Civil Veterinary Department Bengal reports 1933-51 - 1933-1951
Year: 1933
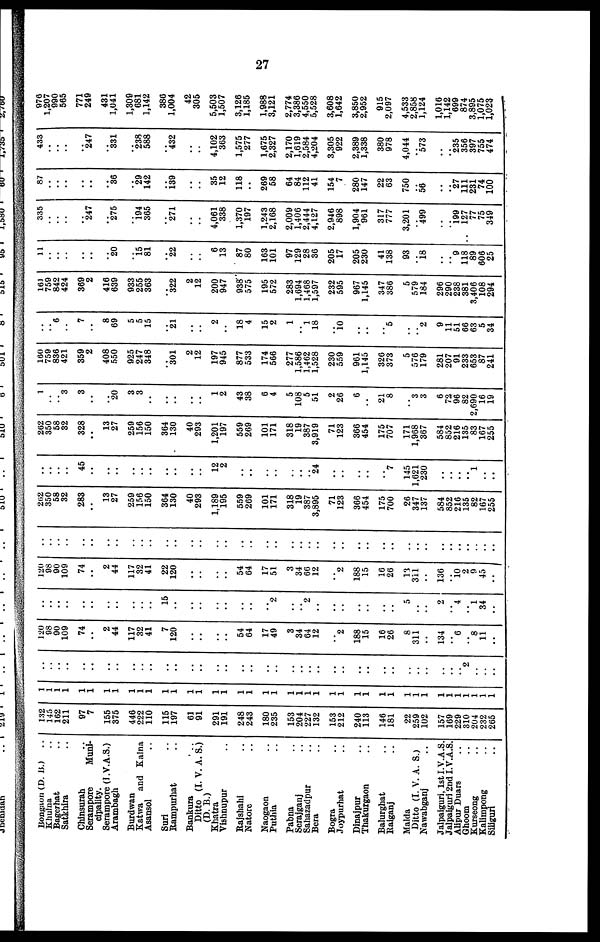
..27
Bongaon (D. B.) ..
Khulna ..
Bagerhat ..
Satkhira ..
Chinsurah ..
Serampore Muni-
cipality.
Serampore (I .V.A.S.)
Arambagh
Burdwan
Katwa
and Kalna
Asansol ..
Suri ..
Rampurhat ..
Bankura
..
Ditto (I. V.A.S.)
(D.B.)
Khatra
Vishnupur ..
Rajshahi ..
Natore ..
Naogaon ..
Puthia ..
Pabna ..
Serajganj ..
Sahazadpur ..
Bera ..
Bogra ..
Joypurhat ..
Dinajpur ..
Thakurgaon ..
Balurghat ..
Raiganj ..
Malda
Ditto (I. V. A. S.)
Nawabganj ..
Jalpaiguri, 1st I.V.A.S.
Jalpaiguri 2nd I.V.A.S.
Alipur Duars ..
Ghoom ..
Kurseong ..
Kalimpong ..
Siliguri ..
132
145
162
211
97
7
155
375
446
222
110
115
197
61
91
291
191
248
243
180
235
153
204
227
132
153
212
240
113
146
181
22
259
102
157
169
229
310
204
232
265
1
1
1
1
1
1
1
1
1
1
1
1
1
1
1
1
1
1
1
1
1
1
1
1
1
1
1
1
1
1
1
1
1
1
1
1
1
1
1
1
1
..
..
..
..
..
..
..
..
..
..
..
..
..
..
..
..
..
..
..
..
..
..
..
..
..
..
..
..
..
..
..
..
..
..
..
..
..
.. 2
..
..
..
120
98
90
109
74
..
2
44
117
32
41
7
120
..
..
..
..
..
54
64
17
49
3
34
64
12
..
2
188
15
16
26
8
311
..
134
6
.. 8
11
..
..
..
..
..
..
..
..
..
..
..
..
15
..
..
..
..
..
..
..
..
..
2
..
.. 2
..
..
..
..
..
..
..
5
..
..
2
.. 4
.. 1
34
..
120
98
90
109
74
..
2
44
117
32
41
22
120
..
..
..
..
..
54
64
17
51
3
34
66
12
"2
188
15
16
26
13
311
136
10 2
9
45
..
..
..
..
..
..
..
..
..
..
..
..
..
..
..
..
..
..
..
..
..
..
..
..
..
..
..
..
..
..
..
..
..
..
..
..
..
..
..
..
..
..
..
262
350
58
32
283
..
13
27
259
156
150
364
130
40
293
1,189
195
559
269
101
171
318
19
387
3,895
71
123
366
454
175
700
26
347
137
584
852
216
135
82
167
255
..
..
..
..
45
..
..
..
..
..
..
..
..
..
..
.. 12
2
..
..
..
..
..
..
.. 24
..
..
..
..
..
7
145
1,621
230
..
..
..
.. 1
.. ..
262
350
58
32
328
..
13
27
259
156
150
364
130
40
293
1,201
197
559
269
101
171
318
19
387
3,919
71
123
366
454
175
707
171
1,968
367
584
852
216
135
83
167
255
1
..
.. 3
3
..
..
20
3
3
..
..
..
..
..
.. 1
2
43
38
6
4
5
108
5
51
2
26
6
..
21
8
..
3
3
6
72
96
82
2,690
16
19
160
759
836
421
359
2
408
550
925
247
348
..
301
2
12
.. 197
945
877
533
174
566
277
1,586
1,462
1,528
230
559
961
1,145
326
373
5
576
179
281
207
91
233
653
87
241
..
.. 6
..
7
8
69
5
5
15
..
21
..
..
.. 2
..
18
4
15
2
1
.. 1
18
10
..
..
..
5
..
2
9
11
51
66
63
5
34
161
759
842
424
369
2
416
639
933
255
363
..
322
2
12
.. 200
947
938
575
195
572
283
1,694
1,468
1,597
232
595
967
1,145
347
386
5
579
184
296
290
238
381
3,406
108
294
11
..
..
..
..
..
20
..
15 81
..
22
..
..
.. 6
13
87
80
163
101
97
129
28
36
205
17
205
230
41
138
93
.. 18
..
.. 9
118
89
606
25
335
..
..
..
247
..
275
..
i94
365
..
271
..
..
.. 4,061
338
1,370
197
1,243
2,168
2,009
1,406
2,444
4,127
2,946
898
1,904
961
317
777
3,201
.. 499
..
.. 199
127
77
75
349
87
..
..
..
..
..
36
..
29
142
..
139
..
..
.. 35
12
118
..
269
58
64
84
112
41
154
7
280
147
22
63
750
.. 56
..
.. 27
111
231
74
100
433
.. ..
..
..
247
..
331
..
238
588
..
432
..
..
.. 4,102
363
1,575
277
1,675
2,327
2,170
1,619
2,584
4,204
3,305
922
2,389
1,338
380
978
4,044
.. 573
..
.. 235
356
397
755
474
976
1,207
990
565
771
249
431
1,041
1,309
681
1,142
386
1,004
42
305
5,503
1,507
3,126
1,185
1,988
3,121
2,774
3,386
4,550
5,528
3,608
1,642
3,850
2,952
915
2,097
4,533
2,858
1,124
1,016
1,142
699
874
3,895
1,075
1,023